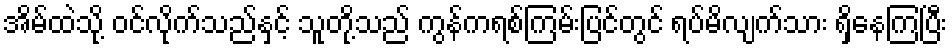
အိမ်ထဲသို့ ဝင်လိုက်သည်နှင့် သူတို့သည် ကွန်ကရစ်ကြမ်းပြင်တွင် ရပ်မိလျက်သား ရှိနေကြပြီး